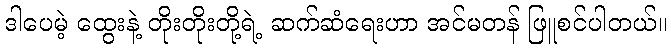
ဒါပေမဲ့ ထွေးနဲ့ တိုးတိုးတို့ရဲ့ ဆက်ဆံရေးဟာ အင်မတန် ဖြူစင်ပါတယ်။